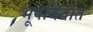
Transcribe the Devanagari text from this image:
भूषवितात